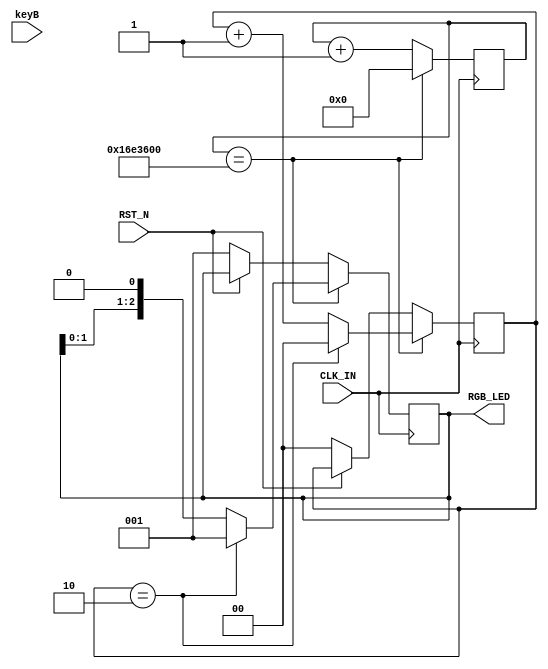
module led
	(
		input wire CLK_IN,
		input wire RST_N,
		input wire keyB,
		output wire [2:0]RGB_LED
	);

	parameter time1 = 25'd24_000_000;

	reg [2:0]rledout;
	reg [24:0] count;
	reg [1:0]shift_cnt;
	
	initial
	begin
		count=25'b0;
		rledout=3'b1;
		shift_cnt=2'b0;
	end

	always @(posedge CLK_IN)begin
		if(RST_N==0)begin
			count <= 25'b0;
			rledout <= 3'b1;
			shift_cnt <=2'b0;
		end
	
		if(count == time1)
 		begin 
 			count<= 25'd0;
 			
 			if(shift_cnt==2'b10)begin
				rledout <= 3'b1;
				shift_cnt <=2'b0;
 			end
 			else begin
 				rledout <= {rledout[1:0],1'b0};
				shift_cnt <= shift_cnt + 1'b1;
			end
 		end
 		else
 			count <= count + 1'b1;
	end
	
	assign RGB_LED = rledout;
endmodule